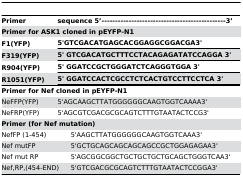
<table><thead><tr><td><b>Primer</b></td><td colspan="2"><b> sequence 5’----------------------------------------------3’</b></td></tr><tr><td colspan="3"><b>Primer for ASK1 cloned in pEYFP-N1</b></td></tr><tr><td><b>F1(YFP)</b></td><td colspan="2"><b>5&#x27;GTCGACATGAGCACGGAGGCGGACGA3&#x27;</b></td></tr><tr><td><b>F319(YFP)</b></td><td colspan="2"><b>5&#x27; GTCGACATGCTTTCCTACAGAGATATCCAGGA 3&#x27;</b></td></tr><tr><td><b>R904(YFP)</b></td><td colspan="2"><b>5&#x27; GGATCCGCTGGGATCTCAGGGTGGA 3&#x27;</b></td></tr><tr><td><b>R1051(YFP)</b></td><td colspan="2"><b>5&#x27; GGATCCACTCGCCTCTCACTGTCCTTCCTCA 3&#x27;</b></td></tr></thead><tbody><tr><td colspan="3"><b>Primer for Nef cloned in pEYFP-N1</b></td></tr><tr><td>NeFFP(YFP)</td><td colspan="2">5&#x27;AGCAAGCTTATGGGGGGCAAGTGGTCAAAA3&#x27;</td></tr><tr><td>NeFRP(YFP)</td><td colspan="2">5&#x27;AGCGTCGACGCGCAGTCTTTGTAATACTCCG3&#x27;</td></tr><tr><td colspan="3"><b>Primer (for Nef mutation)</b></td></tr><tr><td colspan="2">NefFP (1-454)</td><td>5&#x27;AAGCTTATGGGGGGCAAGTGGTCAAA3&#x27;</td></tr><tr><td colspan="2">Nef mutFP</td><td>5&#x27;GCTGCAGCAGCAGCAGCCGCTGGAGAGAA3&#x27;</td></tr><tr><td colspan="2">Nef mut RP</td><td>5&#x27;AGCGGCGGCTGCTGCTGCTGCAGCTGGGTCAA3&#x27;</td></tr><tr><td colspan="2">Nef,RP,(454-END)</td><td>5&#x27;GTCGACGCGCAGTCTTTGTAATACTCCGGA3&#x27;</td></tr></tbody></table>